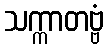
သက္ကာတဗ္ဗံ